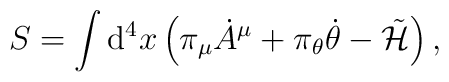
S=\int {\rm d}^4 x\left(\pi_\mu {\dot A}^\mu + \pi_\theta \dot{\theta}-\tilde{\cal H}\right),